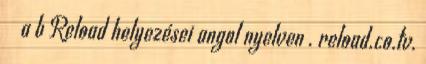
↑ a b Reload helyezései angol nyelven . reload.co.tv.